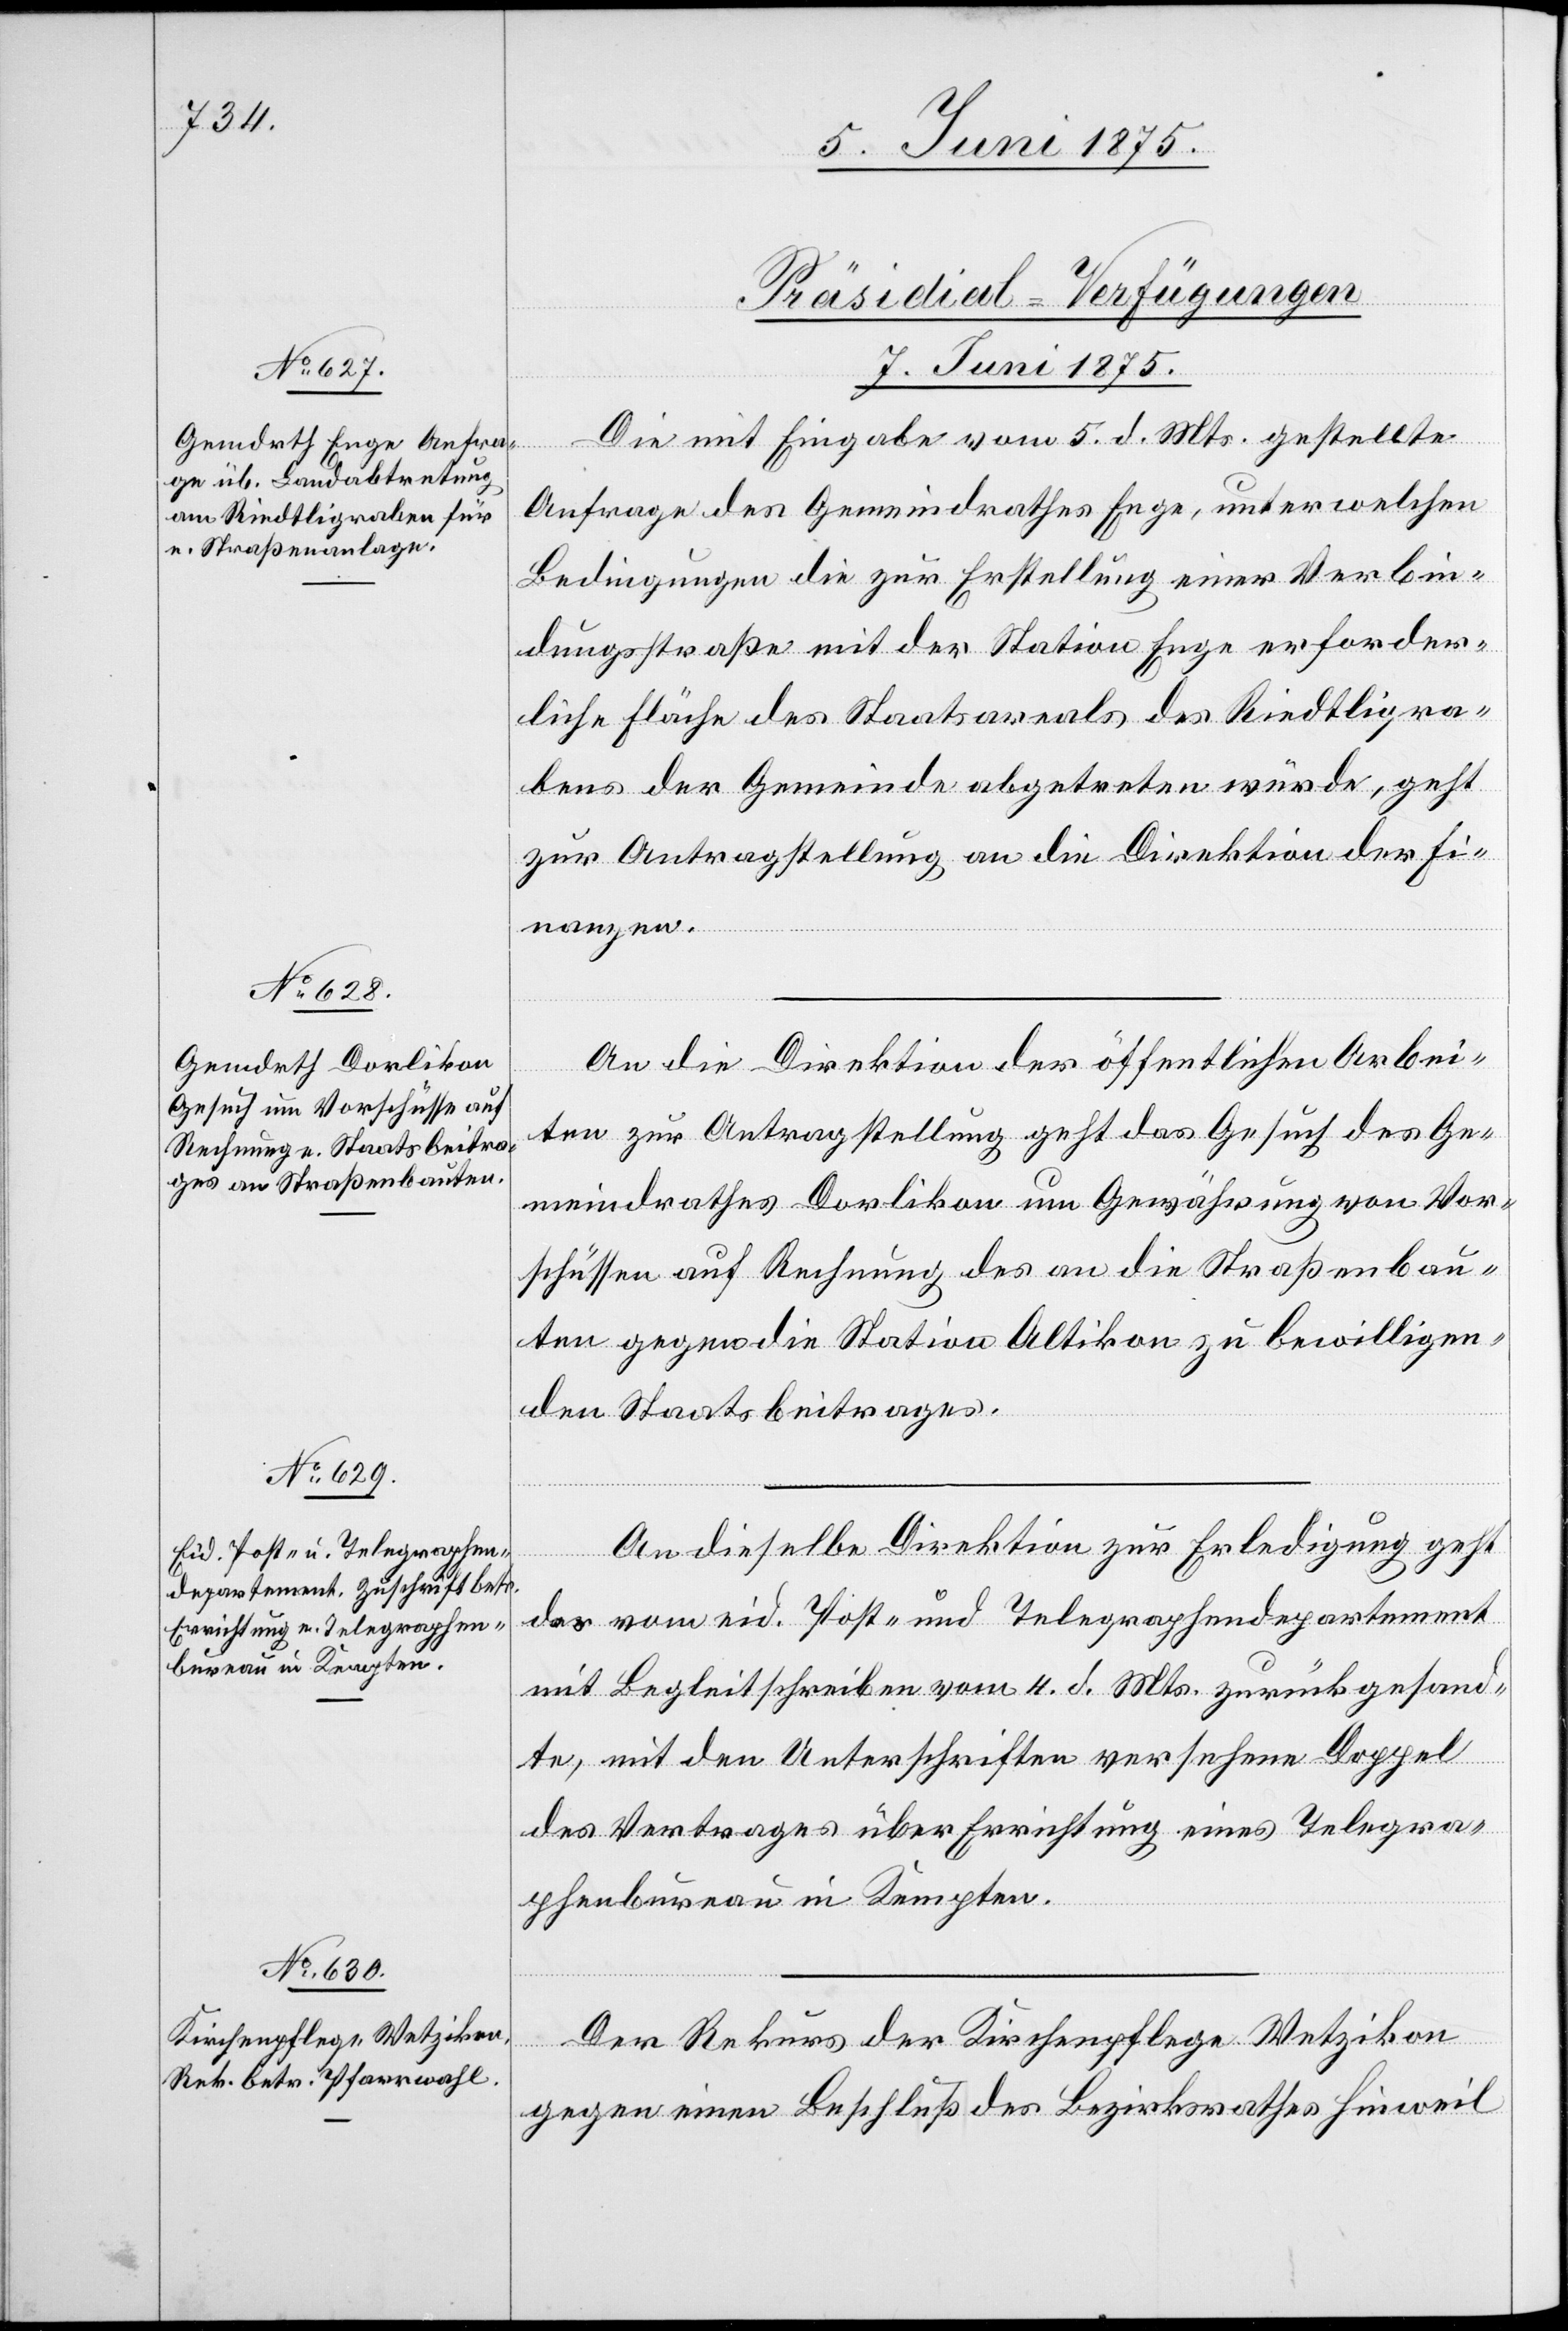
[Präsidial-Verfügungen.
7. Juni 1875.]
Die mit Eingabe vom 5. d. Mts. gestellte
Anfrage des Gemeindrathes Enge, unter welchen
Bedingungen die zur Erstellung einer Verbin¬
dungsstraße mit der Station Enge erforder¬
liche Fläche des Staatsareals des Riedtligra¬
bens der Gemeinde abgetreten wurde, geht
zur Antragstellung an die Direktion der Fi¬
nanzen.
An die Direktion der öffentlichen Arbei¬
ten zur Antragstellung geht das Gesuch des Ge¬
meindrathes Dorlikon um Gewährung von Vor¬
schüssen auf Rechnung des an die Straßenbau¬
ten gegen die Station Altikon zu bewilligen¬
den Staatsbeitrages.
An dieselbe Direktion zur Erledigung geht
das vom eid. Post- und Telegraphendepartement
mit Begleitschreiben vom 4. d. Mts. zurückgesand¬
te, mit den Unterschriften versehene Doppel
des Vertrages über Errichtung eines Telegra¬
phenbureau in Kempten.
Der Rekurs der Kirchenpflege Wetzikon
gegen einen Beschluß des Bezirksrathes Hinweil